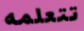
تتعلمه